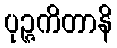
ပုဉ္ဇကိတာနိ